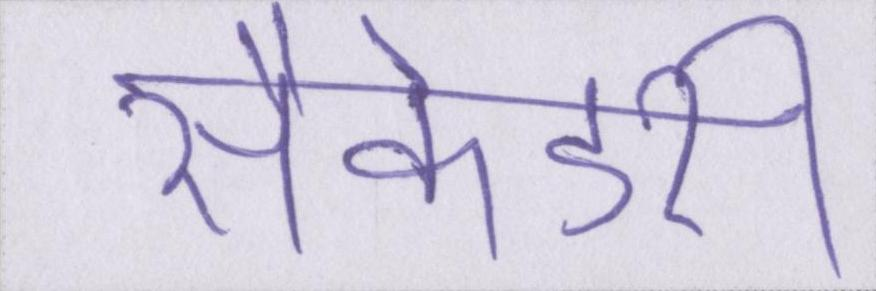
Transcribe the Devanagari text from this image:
सैकेंडरी